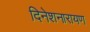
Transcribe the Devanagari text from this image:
दिनेशनारायण